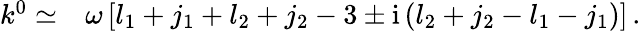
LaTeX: \begin{array}{rl}{k^{0}\simeq}&{{}\omega\left[l_{1}+j_{1}+l_{2}+j_{2}-3\pm\mathrm{i}\left(l_{2}+j_{2}-l_{1}-j_{1}\right)\right]\, .}\end{array}